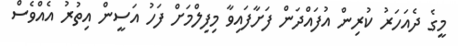
މީގެ ދެއަހަރު ކުރިން އުފައްދަން ފަށާފައިވާ މިފިލްމަށް ފަހު އަސީން އިތުރު އެއްވެސް